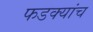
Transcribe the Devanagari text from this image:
फडक्यांच